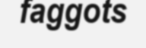
faggots